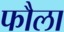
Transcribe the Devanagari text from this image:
फौला